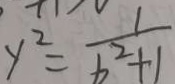
y ^ { 2 } = \frac { 1 } { b ^ { 2 } + 1 }